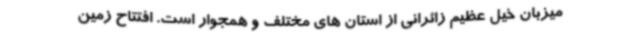
میزبان خیل عظیم زائرانی ‌از استان های مختلف و همجوار است. افتتاح زمین